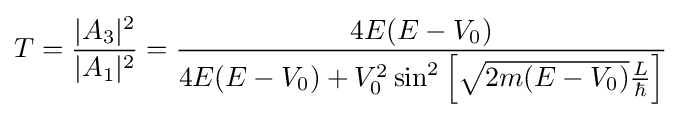
T={\frac {|A_{3}|^{2}}{|A_{1}|^{2}}}={\frac {4E(E-V_{0})}{4E(E-V_{0})+V_{0}^{2}\sin ^{2}\left[{\sqrt {2m(E-V_{0})}}{\frac {L}{\hbar }}\right]}}